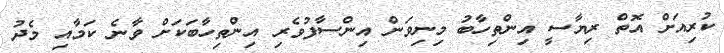
ކުރިއަށް އޮތް ރިޔާސީ އިންތިހާބު މިނިވަން އިންސާފުވެރި އިންތިހާބަކަަށް ވާނެ ކަމާއި މެދު